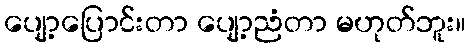
ပျော့ပြောင်းတာ ပျော့ညံတာ မဟုတ်ဘူး။